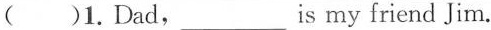
( )1.Dad,___is my friend Jim.